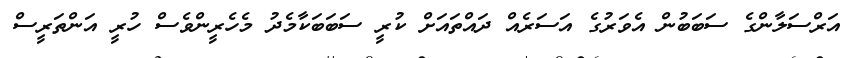
އަރްސަލާންގެ ސަބަބުން އެވަރުގެ އަސަރެއް ދައްތައަށް ކުރީ ސަބަބަކާމެދު މެހެރީންވެސް ހުރީ އަންތަރީސް